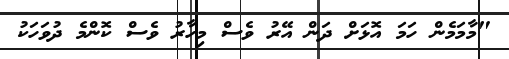
"މާމަމެން ހަމަ އޮޅަށް ދަން އޭރު ވެސް މިހާރު ވެސް ކޮންމެ ދުވަހަކު